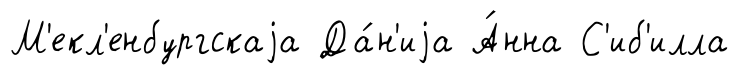
М'екл'енбургскаjа Да́н'иjа А́нна С'иб'илла